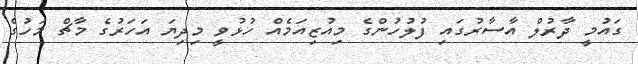
ގައުމީ ދާރުލް އާސާރުގައި ފުލުހުންގެ މިއުޒިއަމެއް ހުޅުވީ މިދިޔަ އަހަރުގެ މާޗް މަހުގެ